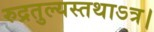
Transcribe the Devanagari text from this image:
रुद्रतुल्यस्तथाऽत्र।